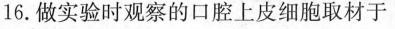
16.做实验时观察的口腔上皮细胞取材于